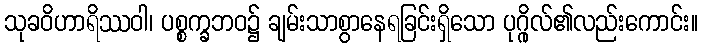
သုခဝိဟာရိဿဝါ၊ ပစ္စက္ခဘဝ၌ ချမ်းသာစွာနေရခြင်းရှိသော ပုဂ္ဂိုလ်၏လည်းကောင်း။